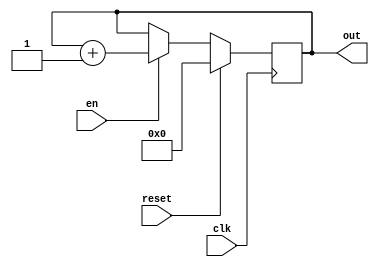
module counter_bit_select(
    input clk,
    input reset,
    input en,
    output reg [3:0] out
);

    always@(posedge clk) begin
        if(reset)
            out <= 0;
        else if(en)
            out <= out + 1;
    end

endmodule